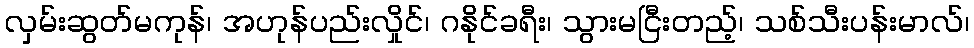
လှမ်းဆွတ်မကုန်၊ အဟုန်ပည်းလှိုင်၊ ဂနိုင်ခရီး၊ သွားမငြီးတည့်၊ သစ်သီးပန်းမာလ်၊